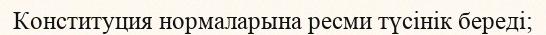
Конституция нормаларына ресми түсінік береді;